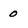
Character: 0